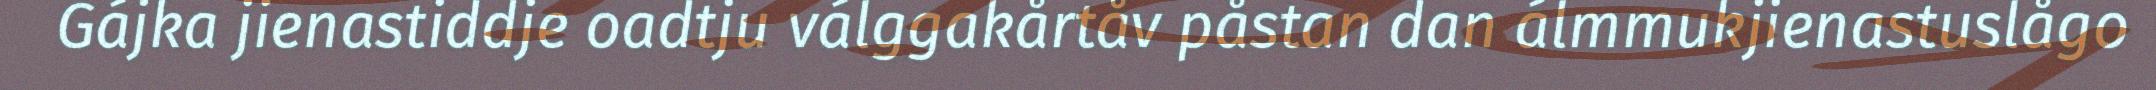
Gájka jienastiddje oadtju válggakårtåv påstan dan álmmukjienastuslågo